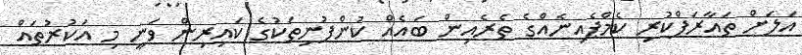
އަލަށް ތައާރަފްކުރި ކެމްޕެއިނެއްގެ ތެރެއިން ބައެއް ކުންފުނިތަކުގެ ކައިރިން ވަނީ މި އަކުރުތައް